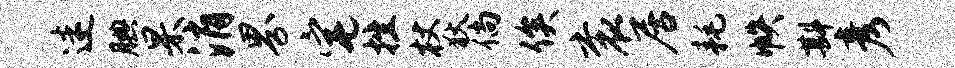
迷腆杲消界宅挫杖狄倘俟衮居耗帙斟彦